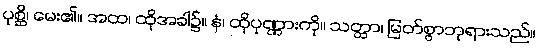
ပုစ္ဆိ၊ မေး၏။ အထ၊ ထိုအခါ၌။ နံ၊ ထိုပုဏ္ဏားကို။ သတ္ထာ၊ မြတ်စွာဘုရားသည်။